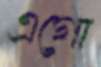
এগো